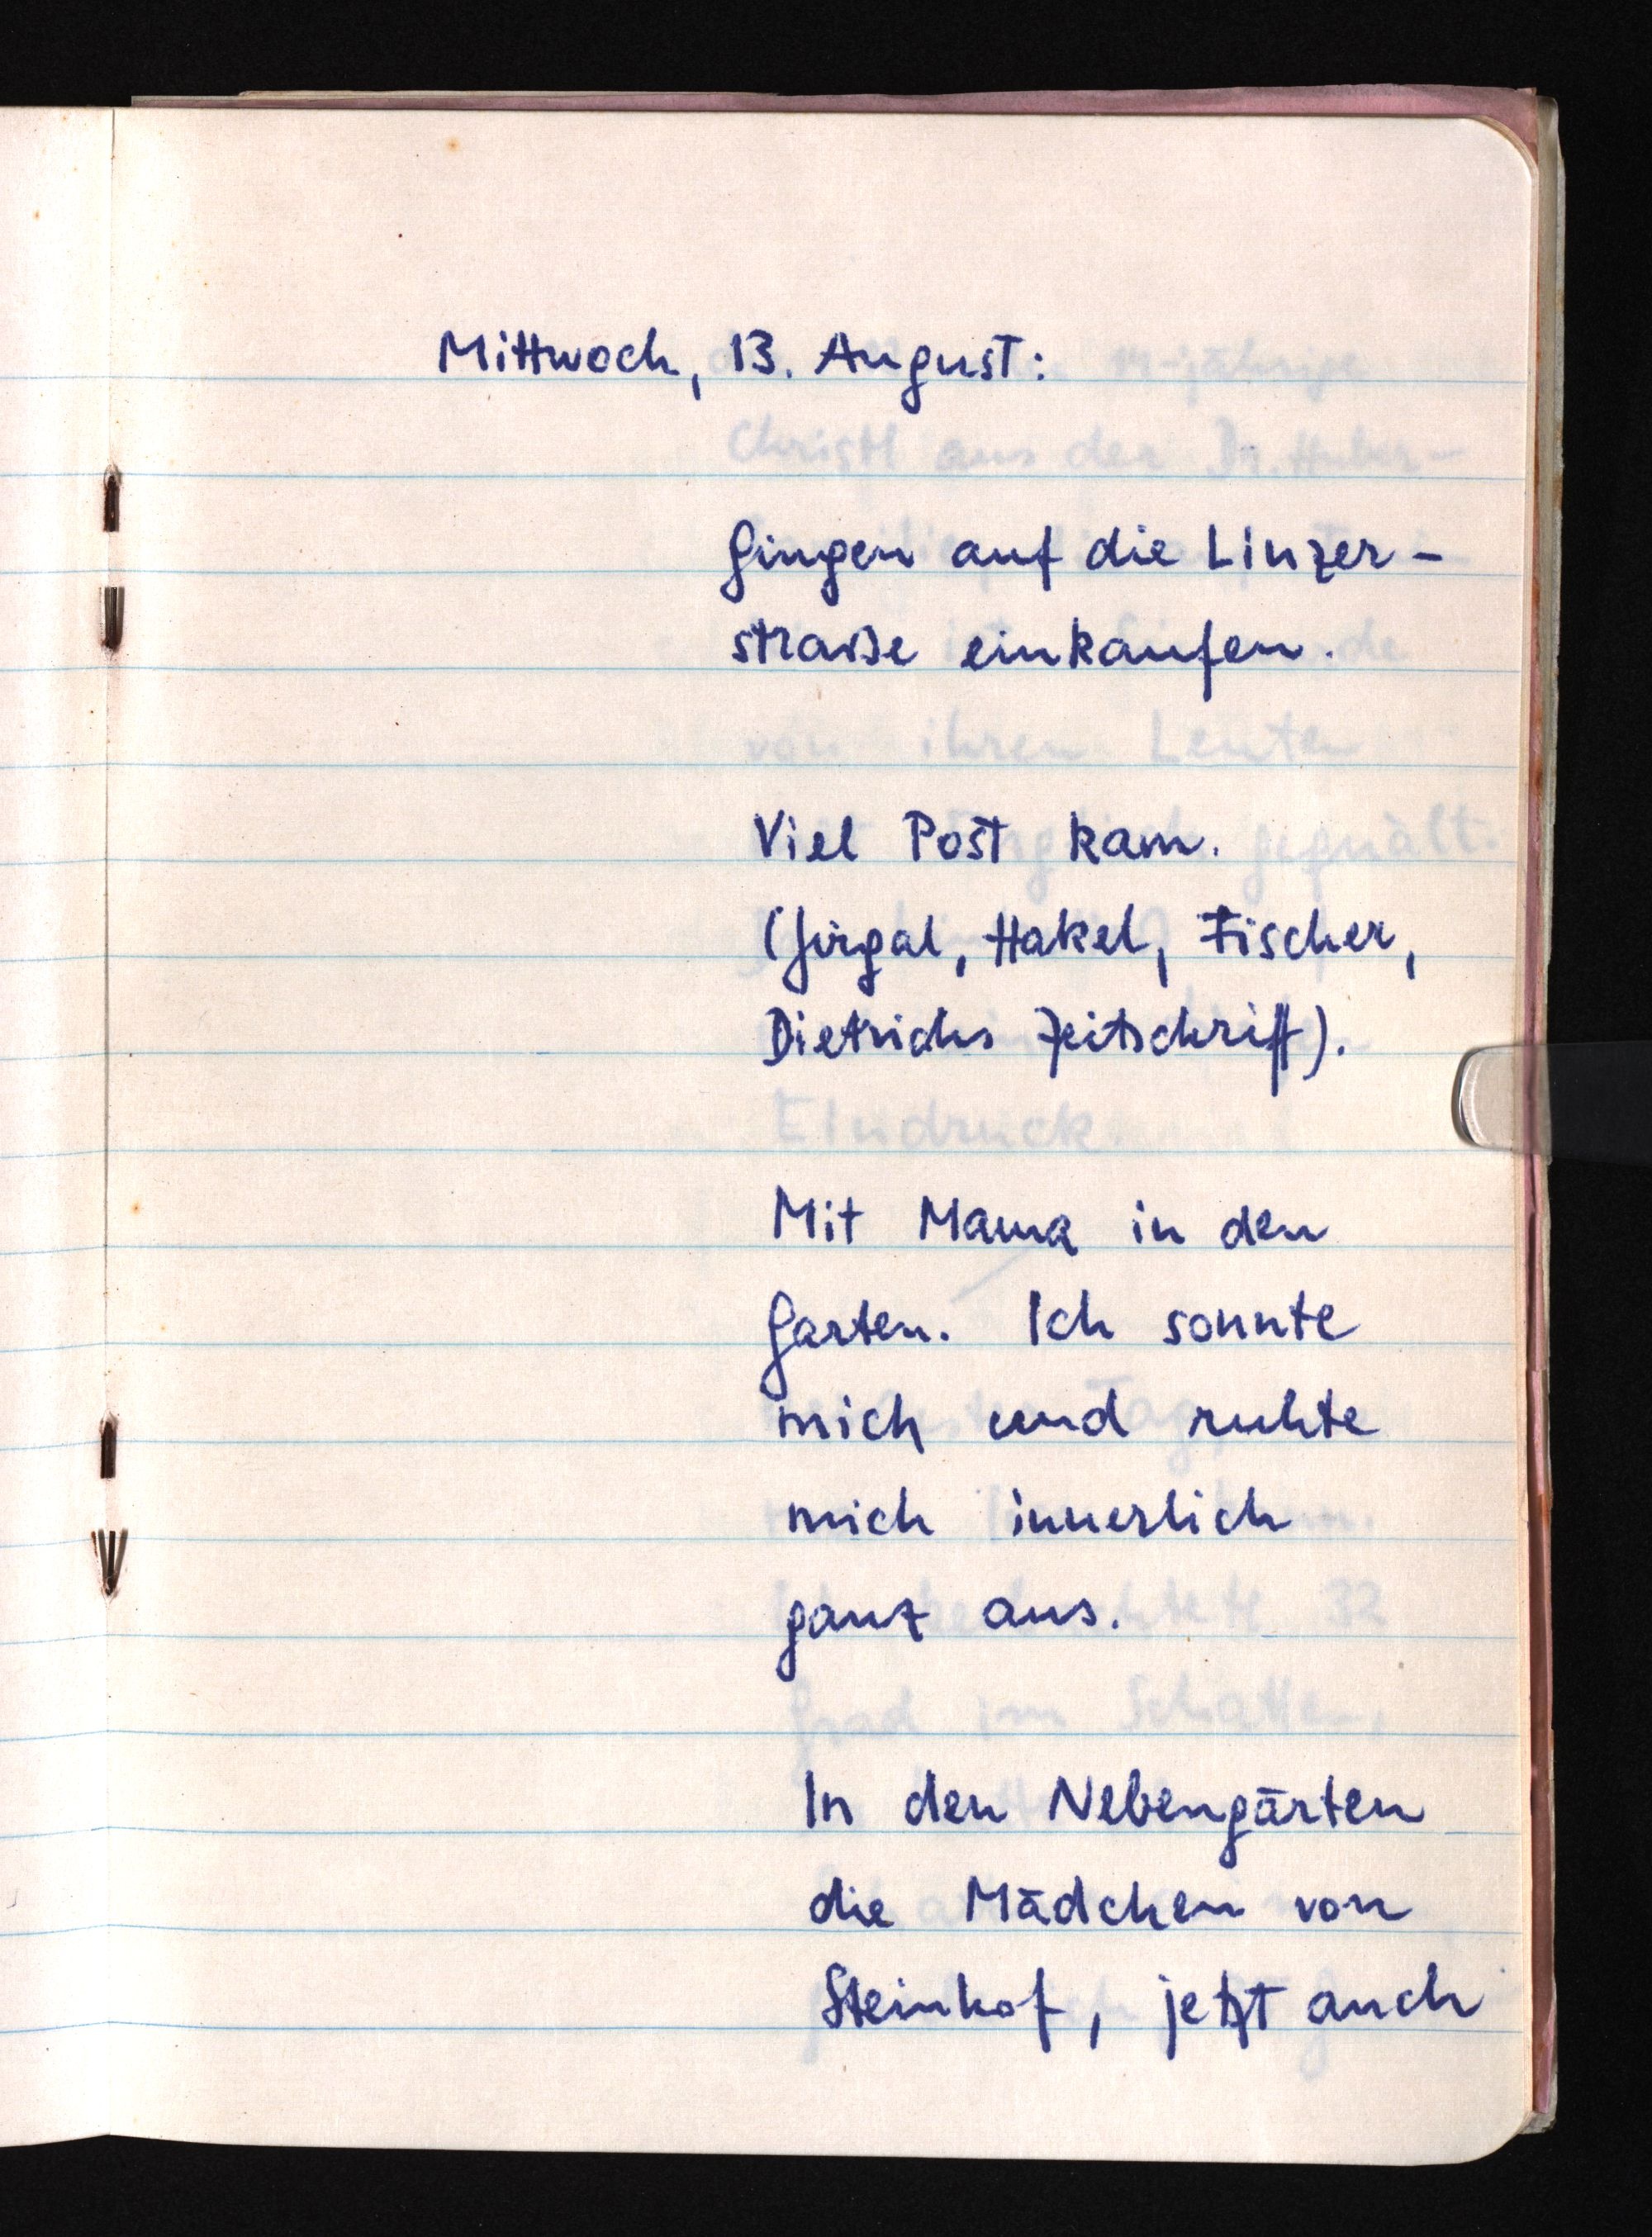
Mittwoch, 13. August:
Gingen auf die Linzer¬
straße einkaufen.
Viel Post kam.
(Jirgal, Hakel, Fischer,
Dietrichs Zeitschrift).
Mit Mama in den
Garten. Ich sonnte
mich und ruhte
mich innerlich
ganz aus.
In den Nebengärten
die Mädchen von
Steinhof, jetzt auch